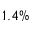
1 . 4 \%